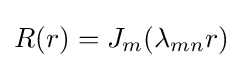
R(r)=J_{m}(\lambda _{mn}r)